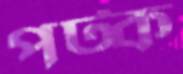
পট্‌ক